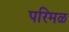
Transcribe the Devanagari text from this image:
परिमळ